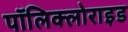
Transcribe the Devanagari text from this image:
पॉलिक्लोराइड